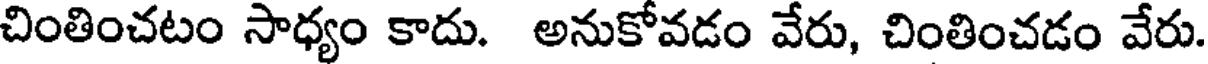
చింతించటం సాధ్యం కాదు. అనుకోవడం వేరు, చింతించడం వేరు.